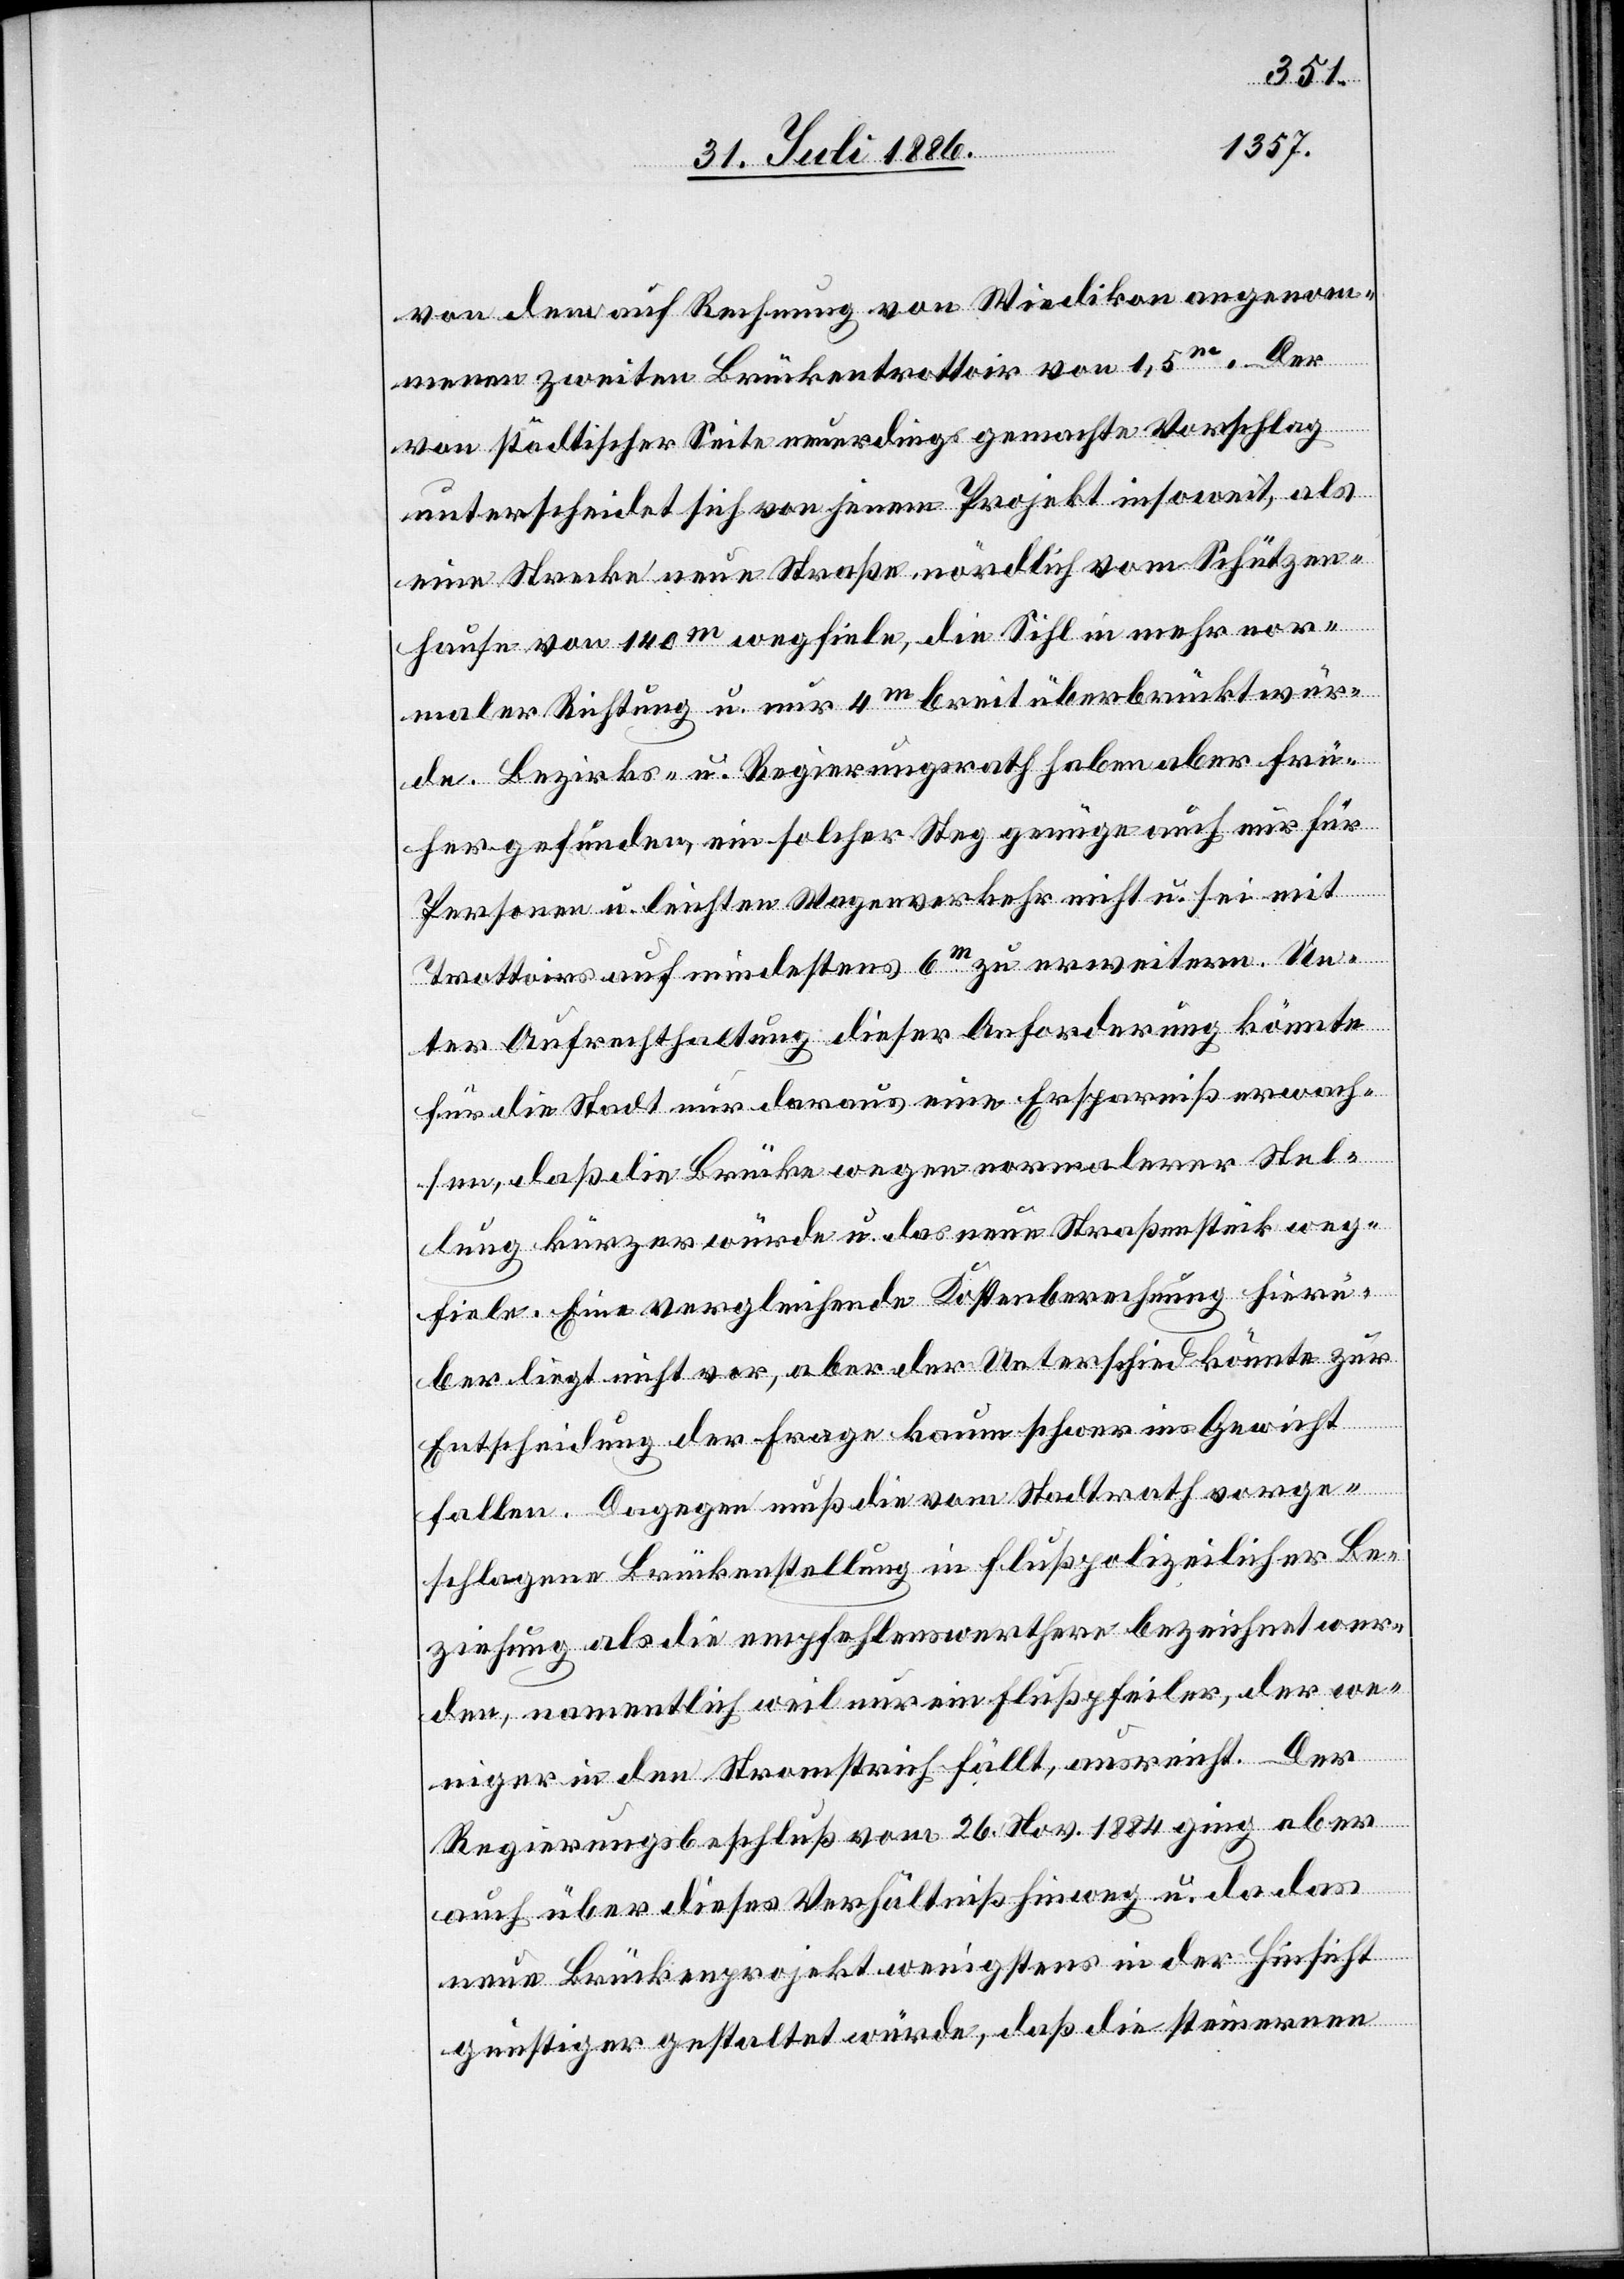
von dem auf Rechnung von Wiedikon angenom¬
menen zweiten Brückentrottoir von 1,5m. Der
von städtischer Seite neuerdings gemachte Vorschlag
unterscheidet sich von jenem Projekt insoweit, als
eine Strecke neue Straße nördlich vom Schützen¬
hause von 140m wegfiele, die Sihl in mehr nor¬
maler Richtung u. nur 4m breit überbrückt wür¬
de. Bezirks- u. Regierungsrath haben aber frü¬
her gefunden, ein solcher Steg genüge auch nur für
Personen u. leichten Wagenverkehr nicht u. sei mit
Trottoirs auf mindestens 6m zu erweitern. Un¬
ter Aufrechterhaltung dieser Anforderung könnte
für die Stadt nur daraus eine Ersparniß erwach¬
sen, daß die Brücke wegen normalerer Stel¬
lung kürzer würde u. das neue Straßenstück weg¬
fiele. Eine vergleichende Kostenberechnung hierü¬
ber liegt nicht vor, aber der Unterschied könnte zur
Entscheidung der Frage kaum schwer ins Gewicht
fallen. Dagegen muß die vom Stadtrath vorge¬
schlagene Brückenstellung in flußpolizeilicher Be¬
ziehung als die empfehlenswerthere bezeichnet wer¬
den, namentlich weil nur ein Flußpfeiler, der we¬
niger in den Stromstrich fällt, ausreicht. Der
Regierungsbeschluß vom 26. Nov. 1884 ging aber
auch über dieses Verhältniß hinweg u. da das
neue Brückenprojekt wenigstens in der Hinsicht
günstiger gestaltet würde, daß die steinernen